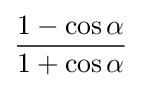
{\frac {1-\cos \alpha }{1+\cos \alpha }}